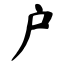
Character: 户